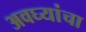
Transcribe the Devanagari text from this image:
अवघ्यांचा